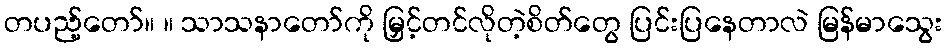
တပည့်တော်။ ။ သာသနာတော်ကို မြှင့်တင်လိုတဲ့စိတ်တွေ ပြင်းပြနေတာလဲ မြန်မာသွေး